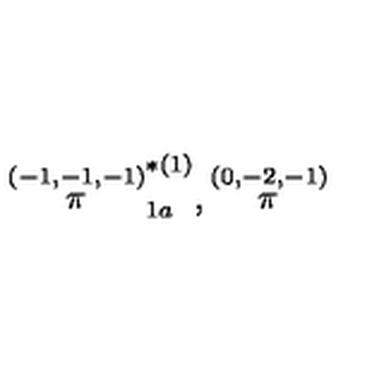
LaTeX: \stackrel { ( - 1 , - 1 , - 1 ) } { \pi } _ { 1 a } ^ { * ( 1 ) } , \stackrel { ( 0 , - 2 , - 1 ) } { \pi }